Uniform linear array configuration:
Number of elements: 4
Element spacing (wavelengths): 0.25
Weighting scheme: cosine
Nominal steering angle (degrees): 15
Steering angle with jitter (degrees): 13.816
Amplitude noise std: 0.05
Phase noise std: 0.05

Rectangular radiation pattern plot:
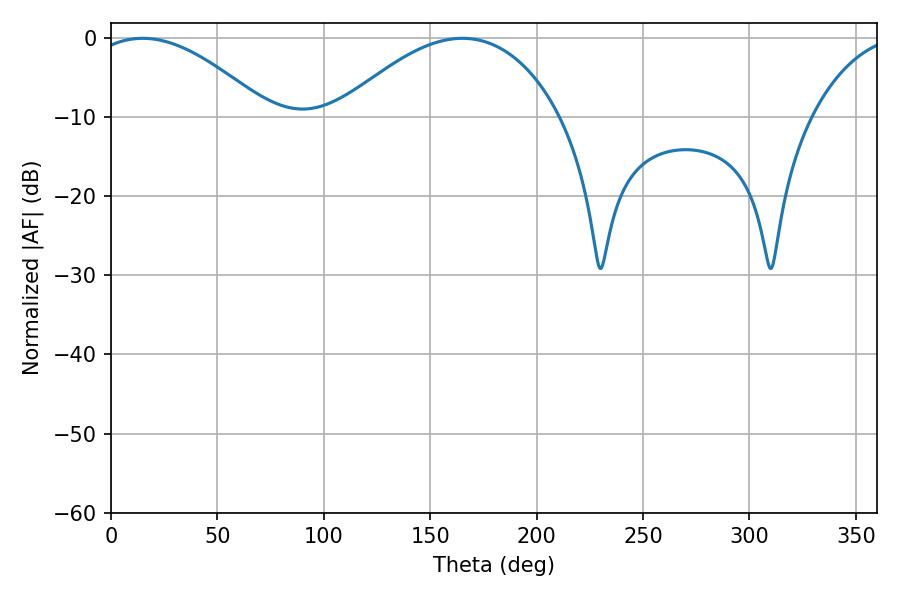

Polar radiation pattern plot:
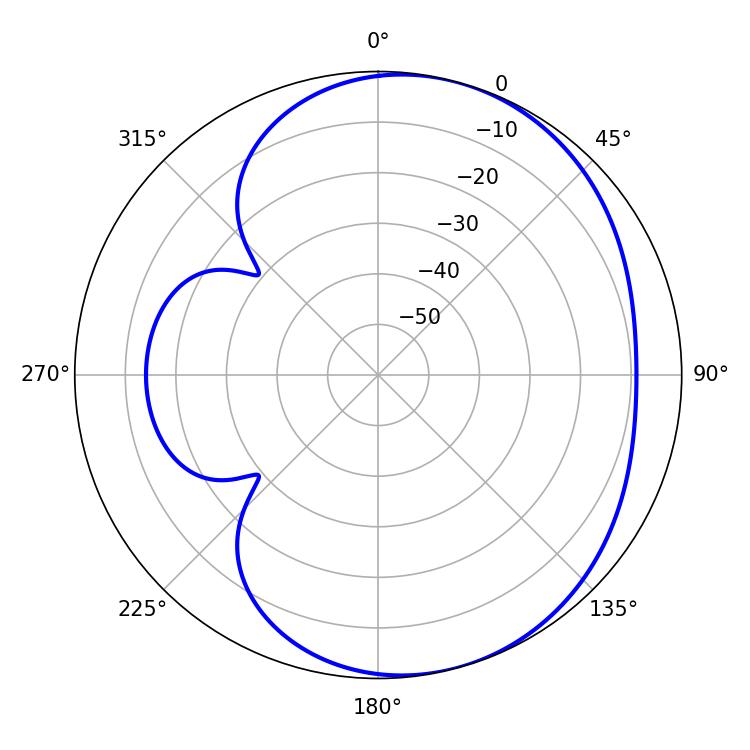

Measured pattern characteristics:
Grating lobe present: FALSE
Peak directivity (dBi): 4.722
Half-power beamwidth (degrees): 46.26
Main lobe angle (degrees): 14.94